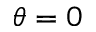
\theta = 0